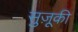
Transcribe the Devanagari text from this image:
सुज़ूकी